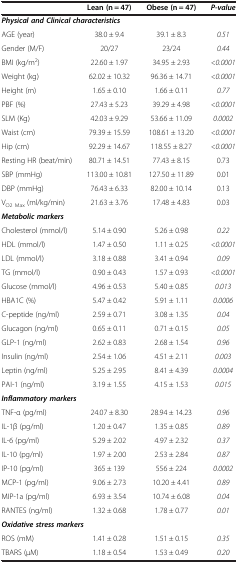
<table><thead><tr><td><b> </b></td><td><b>Lean (n = 47)</b></td><td><b>Obese (n = 47)</b></td><td><b><i>P-value</i></b></td></tr></thead><tbody><tr><td colspan="4"><b><i>Physical and Clinical characteristics</i></b></td></tr><tr><td>AGE (year)</td><td>38.0 ± 9.4</td><td>39.1 ± 8.3</td><td><i>0.51</i></td></tr><tr><td>Gender (M/F)</td><td>20/27</td><td>23/24</td><td><i>0.44</i></td></tr><tr><td>BMI (kg/m<sup>2</sup>)</td><td>22.60 ± 1.97</td><td>34.95 ± 2.93</td><td><i>&lt;0.0001</i></td></tr><tr><td>Weight (kg)</td><td>62.02 ± 10.32</td><td>96.36 ± 14.71</td><td><i>&lt;0.0001</i></td></tr><tr><td>Height (m)</td><td>1.65 ± 0.10</td><td>1.66 ± 0.11</td><td><i>0.77</i></td></tr><tr><td>PBF (%)</td><td>27.43 ± 5.23</td><td>39.29 ± 4.98</td><td><i>&lt;0.0001</i></td></tr><tr><td>SLM (Kg)</td><td>42.03 ± 9.29</td><td>53.66 ± 11.09</td><td><i>0.0002</i></td></tr><tr><td>Waist (cm)</td><td>79.39 ± 15.59</td><td>108.61 ± 13.20</td><td><i>&lt;0.0001</i></td></tr><tr><td>Hip (cm)</td><td>92.29 ± 14.67</td><td>118.55 ± 8.27</td><td><i>&lt;0.0001</i></td></tr><tr><td>Resting HR (beat/min)</td><td>80.71 ± 14.51</td><td>77.43 ± 8.15</td><td>0.73</td></tr><tr><td>SBP (mmHg)</td><td>113.00 ± 10.81</td><td>127.50 ± 11.89</td><td>0.01</td></tr><tr><td>DBP (mmHg)</td><td>76.43 ± 6.33</td><td>82.00 ± 10.14</td><td>0.13</td></tr><tr><td>V<sub>O2 Max</sub> (ml/kg/min)</td><td>21.63 ± 3.76</td><td>17.48 ± 4.83</td><td>0.03</td></tr><tr><td colspan="4"><b><i>Metabolic markers</i></b></td></tr><tr><td>Cholesterol (mmol/l)</td><td>5.14 ± 0.90</td><td>5.26 ± 0.98</td><td><i>0.22</i></td></tr><tr><td>HDL (mmol/l)</td><td>1.47 ± 0.50</td><td>1.11 ± 0.25</td><td><i>&lt;0.0001</i></td></tr><tr><td>LDL (mmol/l)</td><td>3.18 ± 0.88</td><td>3.41 ± 0.94</td><td><i>0.09</i></td></tr><tr><td>TG (mmol/l)</td><td>0.90 ± 0.43</td><td>1.57 ± 0.93</td><td><i>&lt;0.0001</i></td></tr><tr><td>Glucose (mmol/l)</td><td>4.96 ± 0.53</td><td>5.40 ± 0.85</td><td><i>0.013</i></td></tr><tr><td>HBA1C (%)</td><td>5.47 ± 0.42</td><td>5.91 ± 1.11</td><td><i>0.0006</i></td></tr><tr><td>C-peptide (ng/ml)</td><td>2.59 ± 0.71</td><td>3.08 ± 1.35</td><td><i>0.04</i></td></tr><tr><td>Glucagon (ng/ml)</td><td>0.65 ± 0.11</td><td>0.71 ± 0.15</td><td><i>0.05</i></td></tr><tr><td>GLP-1 (ng/ml)</td><td>2.62 ± 0.83</td><td>2.68 ± 1.54</td><td><i>0.96</i></td></tr><tr><td>Insulin (ng/ml)</td><td>2.54 ± 1.06</td><td>4.51 ± 2.11</td><td><i>0.003</i></td></tr><tr><td>Leptin (ng/ml)</td><td>5.25 ± 2.95</td><td>8.41 ± 4.39</td><td><i>0.0004</i></td></tr><tr><td>PAI-1 (ng/ml)</td><td>3.19 ± 1.55</td><td>4.15 ± 1.53</td><td><i>0.015</i></td></tr><tr><td colspan="4"><b><i>Inflammatory markers</i></b></td></tr><tr><td>TNF-α (pg/ml)</td><td>24.07 ± 8.30</td><td>28.94 ± 14.23</td><td><i>0.96</i></td></tr><tr><td>IL-1β (pg/ml)</td><td>1.20 ± 0.47</td><td>1.35 ± 0.85</td><td><i>0.89</i></td></tr><tr><td>IL-6 (pg/ml)</td><td>5.29 ± 2.02</td><td>4.97 ± 2.32</td><td><i>0.37</i></td></tr><tr><td>IL-10 (pg/ml)</td><td>1.97 ± 2.00</td><td>2.53 ± 2.84</td><td><i>0.87</i></td></tr><tr><td>IP-10 (pg/ml)</td><td>365 ± 139</td><td>556 ± 224</td><td><i>0.0002</i></td></tr><tr><td>MCP-1 (pg/ml)</td><td>9.06 ± 2.73</td><td>10.20 ± 4.41</td><td><i>0.89</i></td></tr><tr><td>MIP-1a (pg/ml)</td><td>6.93 ± 3.54</td><td>10.74 ± 6.08</td><td><i>0.04</i></td></tr><tr><td>RANTES (ng/ml)</td><td>1.32 ± 0.68</td><td>1.78 ± 0.77</td><td><i>0.01</i></td></tr><tr><td colspan="4"><b><i>Oxidative stress markers</i></b></td></tr><tr><td>ROS (mM)</td><td>1.41 ± 0.28</td><td>1.51 ± 0.15</td><td><i>0.35</i></td></tr><tr><td>TBARS (μM)</td><td>1.18 ± 0.54</td><td>1.53 ± 0.49</td><td><i>0.20</i></td></tr></tbody></table>